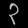
Digit: ၃